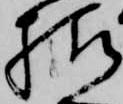
様